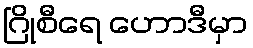
ဂြိုစီရေ ဟောဒီမှာ